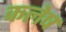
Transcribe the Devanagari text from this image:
कलेष